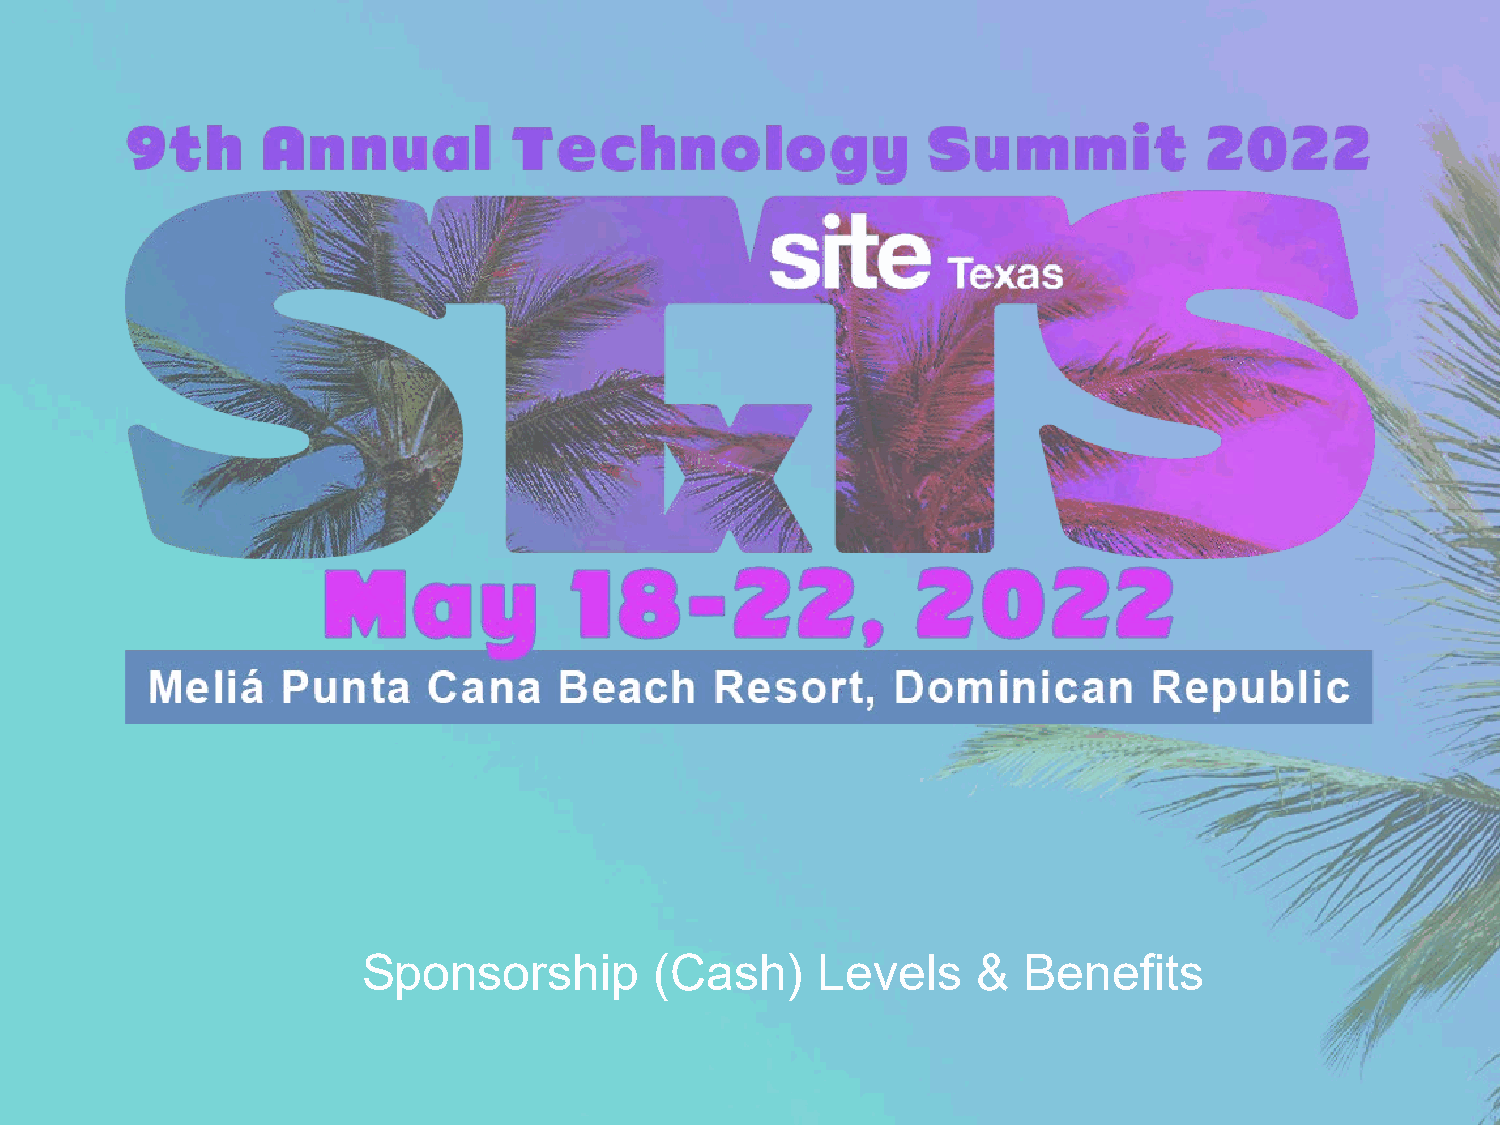
Sponsorship        (Cash)     Levels     &  Benefits